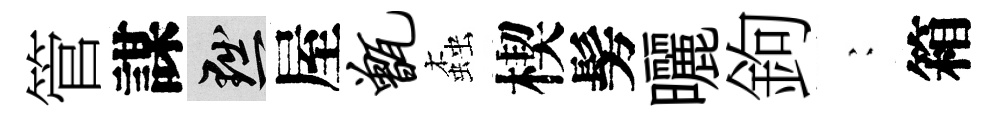
管謀黜屋甑螙楔髣曬鉤巍箱